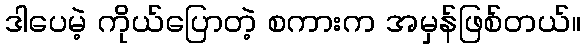
ဒါပေမဲ့ ကိုယ်ပြောတဲ့ စကားက အမှန်ဖြစ်တယ်။